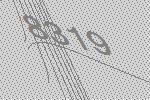
8319